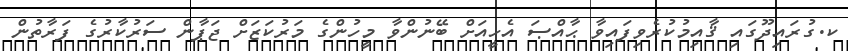
ކ.ގުރައިދޫގައި ޤާއިމުކުރެވިފައިވާ ޙާއްޞަ އެހީއަށް ބޭނުންވާ މީހުންގެ މަރުކަޒަށް ޖަޕާން ސަރުކާރުގެ ފަރާތުން